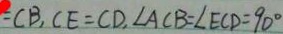
= C B , C E = C D , \angle A C B = \angle E C D = 9 0 ^ { \circ }